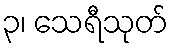
၃၊ သေရီသုတ်